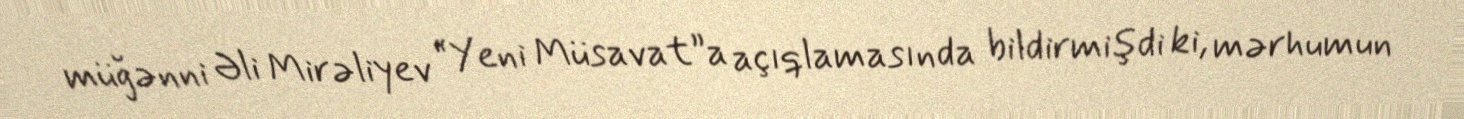
müğənni Əli Mirəliyev “Yeni Müsavat”a açıqlamasında bildirmişdi ki, mərhumun